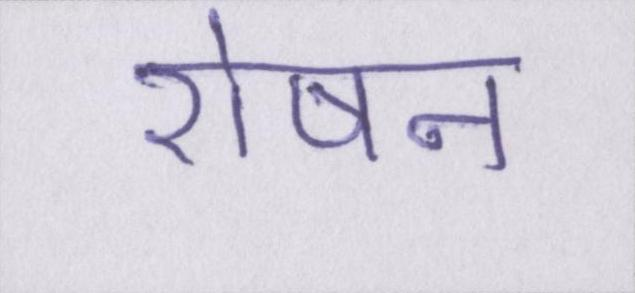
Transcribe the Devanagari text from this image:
रोषन